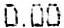
0.00